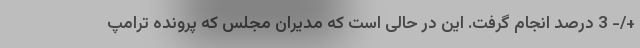
+/- 3 درصد انجام گرفت. این در حالی است که مدیران مجلس که پرونده ترامپ